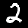
Label: 2